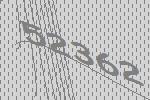
52362